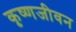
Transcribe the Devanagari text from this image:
कृष्णजीवन